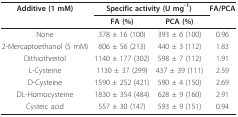
<table><thead><tr><td><b>Additive (1 mM)</b></td><td colspan="2"><b>Specific activity (U mg<sup>-1</sup>)</b></td><td><b>FA/PCA</b></td></tr><tr><td></td><td><b>FA (%)</b></td><td><b>PCA (%)</b></td><td></td></tr></thead><tbody><tr><td>None</td><td>378 ± 16 (100)</td><td>393 ± 6 (100)</td><td>0.96</td></tr><tr><td>2-Mercaptoethanol (5 mM)</td><td>806 ± 56 (213)</td><td>440 ± 3 (112)</td><td>1.83</td></tr><tr><td>Dithiothreitol</td><td>1140 ± 177 (302)</td><td>598 ± 7 (112)</td><td>1.91</td></tr><tr><td>L-Cysteine</td><td>1130 ± 37 (299)</td><td>437 ± 39 (111)</td><td>2.59</td></tr><tr><td>D-Cysteine</td><td>1590 ± 252 (421)</td><td>590 ± 4 (150)</td><td>2.69</td></tr><tr><td>DL-Homocysteine</td><td>1830 ± 354 (484)</td><td>628 ± 9 (160)</td><td>2.91</td></tr><tr><td>Cysteic acid</td><td>557 ± 30 (147)</td><td>593 ± 9 (151)</td><td>0.94</td></tr></tbody></table>